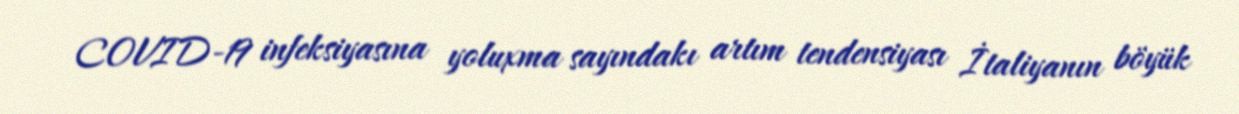
COVID-19 infeksiyasına yoluxma sayındakı artım tendensiyası İtaliyanın böyük